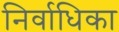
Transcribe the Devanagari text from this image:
निर्वाधिका